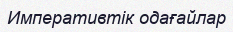
Императивтік одағайлар